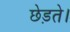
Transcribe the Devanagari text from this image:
छेड़ते।